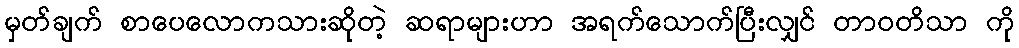
မှတ်ချက် စာပေလောကသားဆိုတဲ့ ဆရာများဟာ အရက်သောက်ပြီးလျှင် တာဝတိသာ ကို